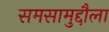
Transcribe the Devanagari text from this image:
समसामुद्दौला